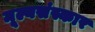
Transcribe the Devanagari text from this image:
मूल्यसंस्कार